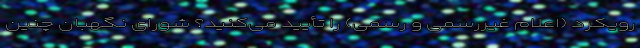
رویکرد (اعلام غیررسمی و رسمی) را تأیید می‌کنید؟ شورای نگهبان چنین